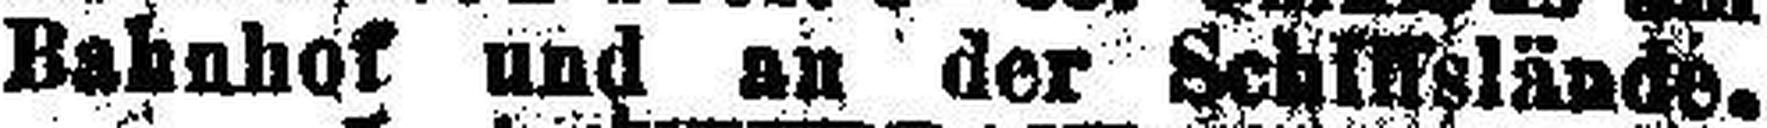
Bahnhof und an der Schiffslände.